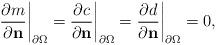
LaTeX: \begin{align*}\frac{\partial m}{\partial\mathbf{n}}\bigg|_{\partial\Omega}=\frac{\partial c}{\partial\mathbf{n}}\bigg|_{\partial\Omega}=\frac{\partial d}{\partial\mathbf{n}}\bigg|_{\partial\Omega}=0,\end{align*}